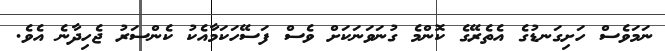
ނަމަވެސް ހަށިގަނޑުގެ އެތެރޭގެ ކޮންމެ ގުނަވަނަކަށް ވެސް ފަސޭހަކަމާއެކު ކެންސަރު ޖެހިދާނެ އެވެ.